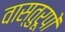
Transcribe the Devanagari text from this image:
वास्तुरूपों